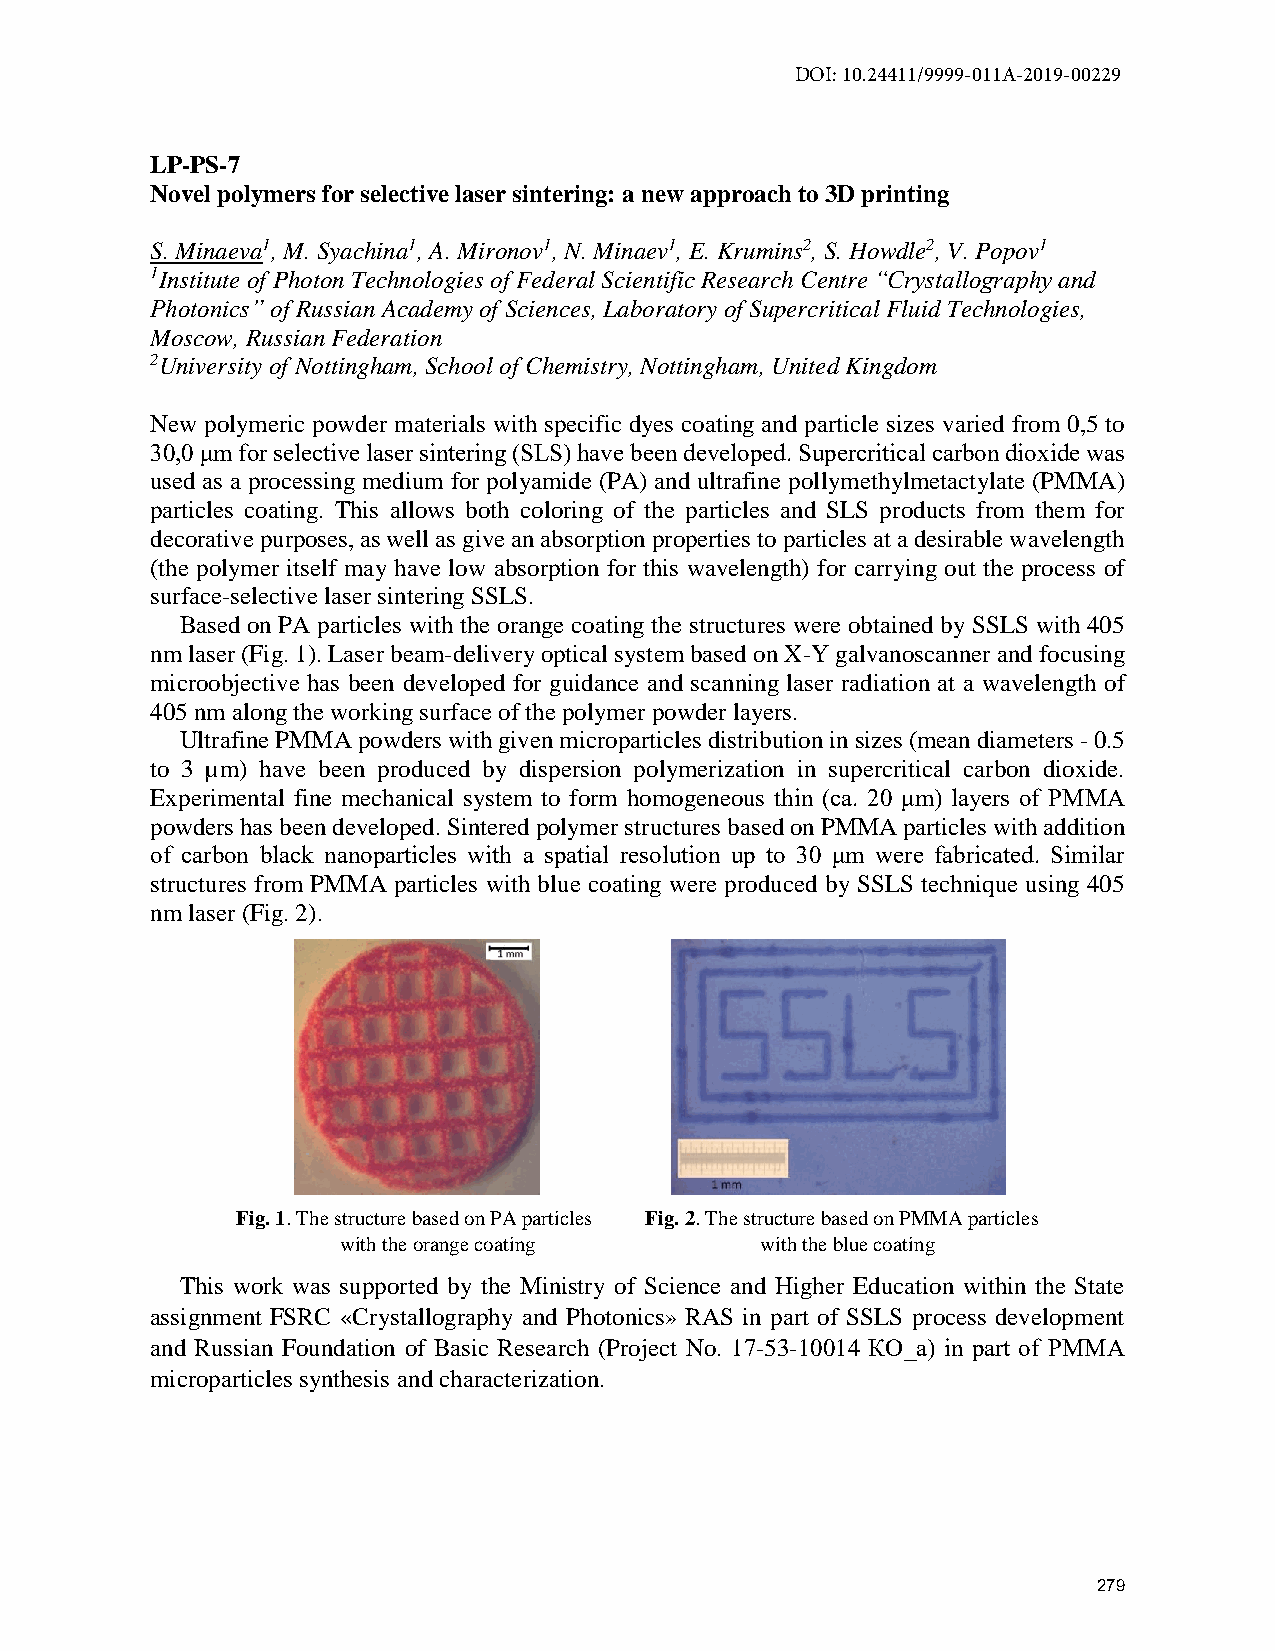
DOI: 10.24411/9999-011A-2019-00229
 LP-PS-7
 Novel polymers for selective laser sintering: a new approach to 3D printing
 S. Minaeva1, M. Syachina1, A. Mironov1, N. Minaev1, E. Krumins2, S. Howdle2, V. Popov1
 1Institute of Photon Technologies of Federal Scientific Research Centre “Crystallography and
 Photonics” of Russian Academy of Sciences, Laboratory of Supercritical Fluid Technologies,
 Moscow, Russian Federation
 2University of Nottingham, School of Chemistry, Nottingham, United Kingdom
 New polymeric powder materials with specific dyes coating and particle sizes varied from 0,5 to
 30,0 μm for selective laser sintering (SLS) have been developed. Supercritical carbon dioxide was
 used as a processing medium for polyamide (PA) and ultrafine pollymethylmetactylate (PMMA)
 particles coating. This allows both coloring of the particles and SLS products from them for
 decorative purposes, as well as give an absorption properties to particles at a desirable wavelength
 (the polymer itself may have low absorption for this wavelength) for carrying out the process of
 surface-selective laser sintering SSLS.
 Based on PA particles with the orange coating the structures were obtained by SSLS with 405
 nm laser (Fig. 1). Laser beam-delivery optical system based on X-Y galvanoscanner and focusing
 microobjective has been developed for guidance and scanning laser radiation at a wavelength of
 405 nm along the working surface of the polymer powder layers.
 Ultrafine PMMA powders with given microparticles distribution in sizes (mean diameters - 0.5
 to 3 µm) have been produced by dispersion polymerization in supercritical carbon dioxide.
 Experimental fine mechanical system to form homogeneous thin (ca. 20 μm) layers of PMMA
 powders has been developed. Sintered polymer structures based on PMMA particles with addition
 of carbon black nanoparticles with a spatial resolution up to 30 μm were fabricated. Similar
 structures from PMMA particles with blue coating were produced by SSLS technique using 405
 nm laser (Fig. 2).
 Fig. 1. The structure based on PA particles Fig. 2. The structure based on PMMA particles
 with the orange coating    with the blue coating
 This work was supported by the Ministry of Science and Higher Education within the State
 assignment FSRC «Crystallography and Photonics» RAS in part of SSLS process development
 and Russian Foundation of Basic Research (Project No. 17-53-10014 КО_а) in part of PMMA
 microparticles synthesis and characterization.
 279